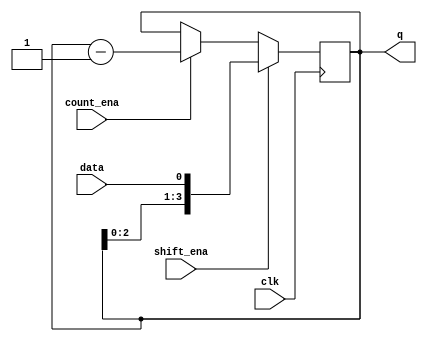
// https://hdlbits.01xz.net/wiki/Exams/review2015_shiftcount
// debug code: 1. FSM is not necessary for simple state switching. 2. operator << can't used to switch in a value, should use{} to saaign.
module top_module (
    input clk,
    input shift_ena,
    input count_ena,
    input data,
    output [3:0] q);
    reg [3:0] shift_data;
    always@(posedge clk)begin
        if(shift_ena) shift_data = {shift_data[2:0],data};
        else if(count_ena) shift_data = shift_data -1;
        else shift_data[3:0] = shift_data[3:0];
    end
    assign q = shift_data[3:0] ;
endmodule